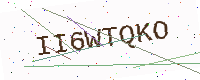
Text: II6WTQKO